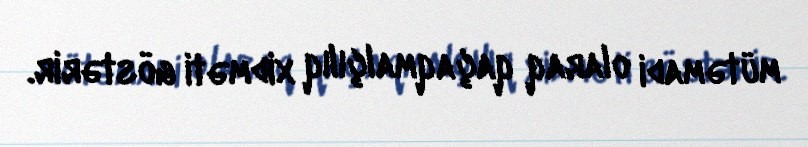
mütəmadi olaraq qaçaqmalçılıq xidməti göstərir.